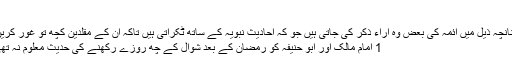
‘‘
چنانچہ ذیل میں ائمہ کی بعض وہ آراء ذکر کی جاتی ہیں جو کہ احادیث نبویہ کے ساتھ ٹکراتی ہیں تاکہ ان کے مقلدین کچھ تو غور کریں:
1 امام مالکؒ اور ابو حنیفہؒ کو رمضان کے بعد شوال کے چھ روزے رکھنے کی حدیث معلوم نہ تھی۔